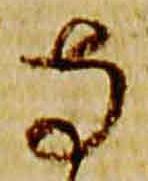
寺